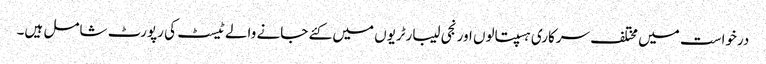
درخواست میں مختلف سرکاری ہسپتالوں اور نجی لیبارٹریوں میں کئے جانے والے ٹیسٹ کی رپورٹ شامل ہیں۔